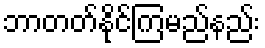
ဘာတတ်နိုင်ကြမည်နည်း